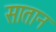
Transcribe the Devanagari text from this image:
सातान